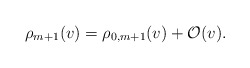
\begin{align*} \rho_{m+1}(v)=\rho_{0,m+1}(v)+\mathcal{O}(v).\end{align*}